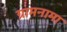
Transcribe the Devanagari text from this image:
ग्रामनामा